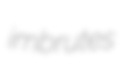
imbrutes